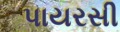
પાયરસી